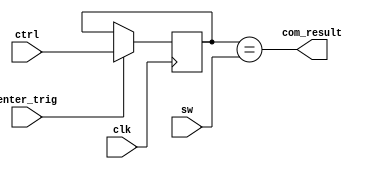
`timescale 1ns / 1ps
//////////////////////////////////////////////////////////////////////////////////
// Company: Myminieye
// 
// Create Date:   
// Design Name:  
// Module Name:  compare
// Project Name: 
// Target Devices: Gowin
// Tool Versions: 
// Description: 
//      
// Dependencies: 
// 
// Revision:
// Revision 0.01 - File Created
// Additional Comments:
// 
//////////////////////////////////////////////////////////////////////////////////

`define UD #1
module compare(
    input        clk,
    input [7:0]  sw,
    input [7:0]  ctrl,
    input        enter_trig,
    
    output       com_result
);

//==============================================================================
    //
    reg [7:0] ctrl_1d;
    always @(posedge clk)
    begin
        if(enter_trig)
            ctrl_1d <= `UD ctrl;
    end

    assign com_result = (ctrl_1d == sw);
endmodule